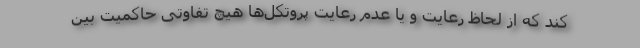
کند که از لحاظ رعایت و یا عدم رعایت پروتکل‌ها هیچ تفاوتی حاکمیت بین